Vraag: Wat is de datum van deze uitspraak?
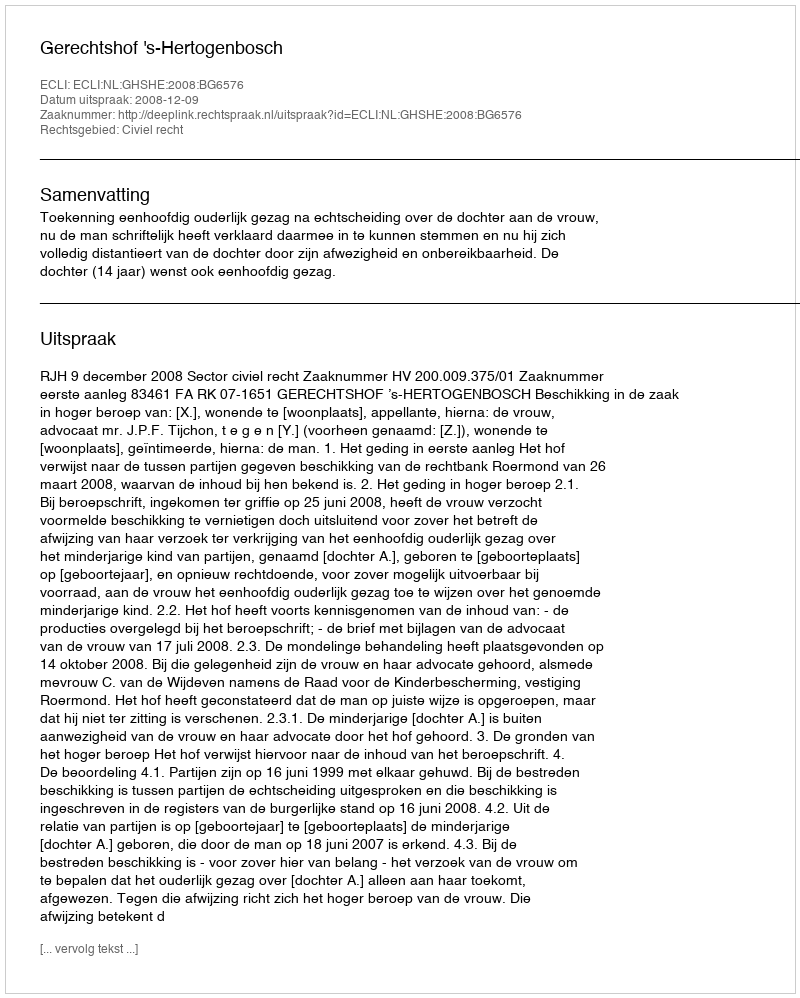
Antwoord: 2008-12-09